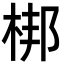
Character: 梆